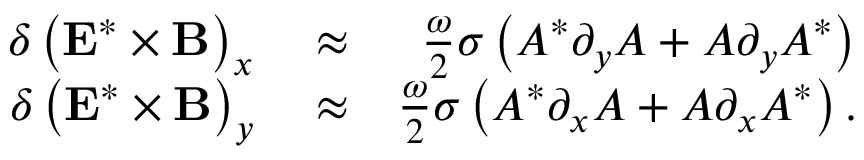
\begin{array} { r l r } { \delta \left( { \bf E } ^ { * } \times { \bf B } \right) _ { x } } & { { } \approx } & { \frac { \omega } { 2 } \sigma \left( A ^ { * } \partial _ { y } A + A \partial _ { y } A ^ { * } \right) } \\ { \delta \left( { \bf E } ^ { * } \times { \bf B } \right) _ { y } } & { { } \approx } & { \frac { \omega } { 2 } \sigma \left( A ^ { * } \partial _ { x } A + A \partial _ { x } A ^ { * } \right) . } \end{array}